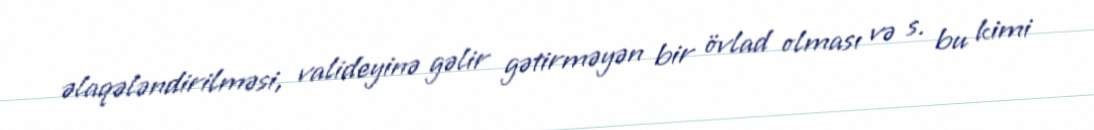
əlaqələndirilməsi, valideyinə gəlir gətirməyən bir övlad olması və s. bu kimi